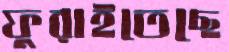
ফুরাইতেছে